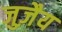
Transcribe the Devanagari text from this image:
जुज़ैय